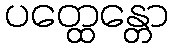
ပတ္ထေန္တော